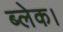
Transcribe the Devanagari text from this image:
ब्लेक।